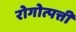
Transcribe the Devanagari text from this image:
रोगोत्पत्ती